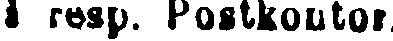
i resp. Postkontor.